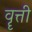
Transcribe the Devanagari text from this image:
वॄत्ती